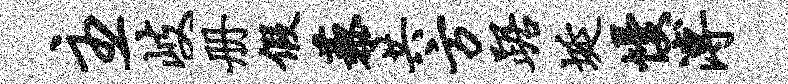
主岐册假藜共方踞埏慢溥